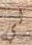
لي